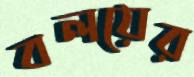
বলয়ের